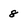
Character: 8